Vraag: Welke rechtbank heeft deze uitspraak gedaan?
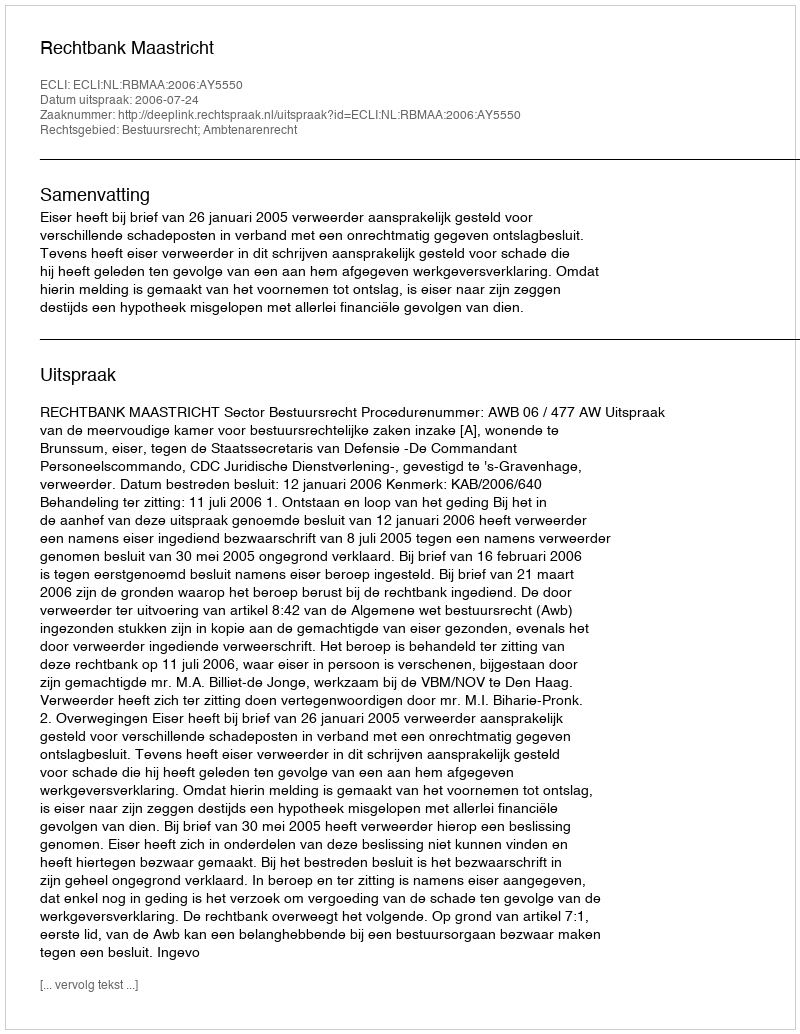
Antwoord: Rechtbank Maastricht